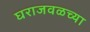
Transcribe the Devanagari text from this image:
घराजवळच्या